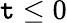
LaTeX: \mathtt{t}\le0